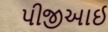
પીજીઆઈ